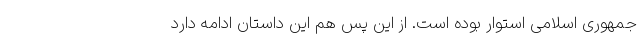
جمهوری اسلامی استوار بوده است. از این پس هم این داستان ادامه دارد